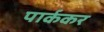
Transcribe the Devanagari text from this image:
पार्ककर